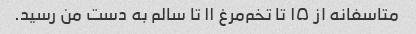
متاسفانه از ۱۵ تا تخم‌مرغ ۱۱ تا سالم به دست من رسید.